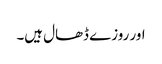
اور روزے ڈھال ہیں۔